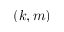
( k , m )